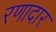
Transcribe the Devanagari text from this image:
रणादार